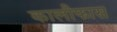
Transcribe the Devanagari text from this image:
कालीफास